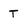
Character: T